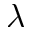
\lambda